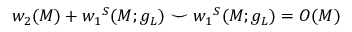
w _ { 2 } ( M ) + { w _ { 1 } } ^ { S } ( M ; g _ { L } ) ~ { \smile } ~ { w _ { 1 } } ^ { S } ( M ; g _ { L } ) = { \cal O } ( M )